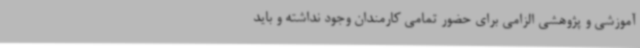
آموزشی و پژوهشی الزامی برای حضور تمامی کارمندان وجود نداشته و باید